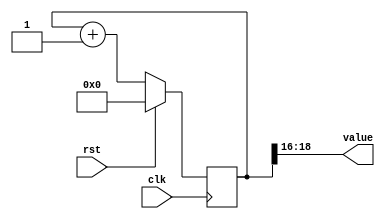
/*
   This file was generated automatically by the Mojo IDE version B1.3.6.
   Do not edit this file directly. Instead edit the original Lucid source.
   This is a temporary file and any changes made to it will be destroyed.
*/

/*
   Parameters:
     SIZE = 3
     DIV = 16
     TOP = 0
     UP = 1
*/
module counter_2 (
    input clk,
    input rst,
    output reg [2:0] value
  );
  
  localparam SIZE = 2'h3;
  localparam DIV = 5'h10;
  localparam TOP = 1'h0;
  localparam UP = 1'h1;
  
  
  reg [18:0] M_ctr_d, M_ctr_q = 1'h0;
  
  localparam MAX_VALUE = 17'h0ffff;
  
  always @* begin
    M_ctr_d = M_ctr_q;
    
    value = M_ctr_q[16+2-:3];
    if (1'h1) begin
      M_ctr_d = M_ctr_q + 1'h1;
      if (1'h0 && M_ctr_q == 17'h0ffff) begin
        M_ctr_d = 1'h0;
      end
    end else begin
      M_ctr_d = M_ctr_q - 1'h1;
      if (1'h0 && M_ctr_q == 1'h0) begin
        M_ctr_d = 17'h0ffff;
      end
    end
  end
  
  always @(posedge clk) begin
    if (rst == 1'b1) begin
      M_ctr_q <= 1'h0;
    end else begin
      M_ctr_q <= M_ctr_d;
    end
  end
  
endmodule